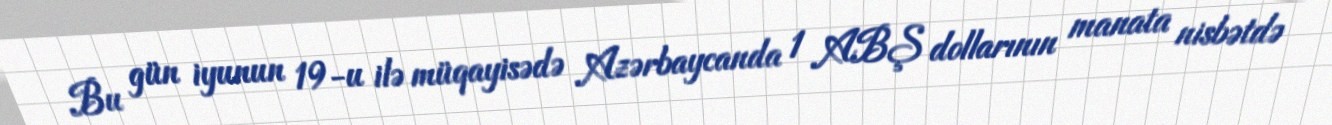
Bu gün iyunun 19-u ilə müqayisədə Azərbaycanda 1 ABŞ dollarının manata nisbətdə